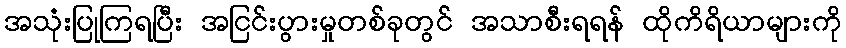
အသုံးပြုကြရပြီး အငြင်းပွားမှုတစ်ခုတွင် အသာစီးရရန် ထိုကိရိယာများကို